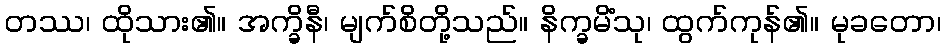
တဿ၊ ထိုသား၏။ အက္ခိနီ၊ မျက်စိတို့သည်။ နိက္ခမိံသု၊ ထွက်ကုန်၏။ မုခတော၊